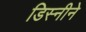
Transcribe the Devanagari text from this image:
डिस्नीने